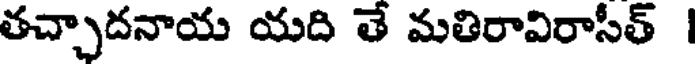
తచ్చాదనాయ యది తే మతిరావిరాసీత్